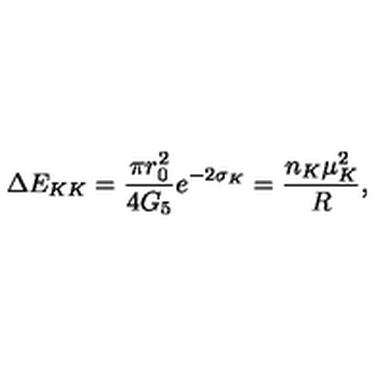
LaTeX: \Delta E _ { K K } = \frac { \pi r _ { 0 } ^ { 2 } } { 4 G _ { 5 } } e ^ { - 2 \sigma _ { K } } = \frac { n _ { K } \mu _ { K } ^ { 2 } } { R } ,